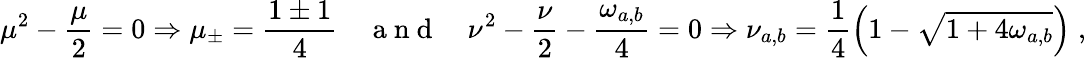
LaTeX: \mu^{2}-\frac{\mu}{2}=0\Rightarrow\mu_{\pm}=\frac{1\pm 1}{4}\quad\mathrm{~a~n~d~}\quad\nu^{2}-\frac{\nu}{2}-\frac{\omega_{a,b}}{4}=0\Rightarrow\nu_{a,b}=\frac{1}{4}\left(1-\sqrt{1+4\omega_{a,b}}\right)\; ,